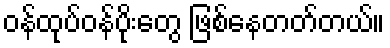
ဝန်ထုပ်ဝန်ပိုးတွေ ဖြစ်နေတတ်တယ်။